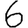
Digit: 6